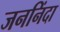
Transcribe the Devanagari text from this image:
जननिंदा